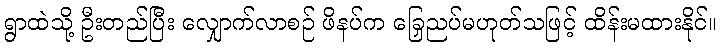
ရွာထဲသို့ ဦးတည်ပြီး လျှောက်လာစဉ် ဖိနပ်က ခြေညှပ်မဟုတ်သဖြင့် ထိန်းမထားနိုင်။